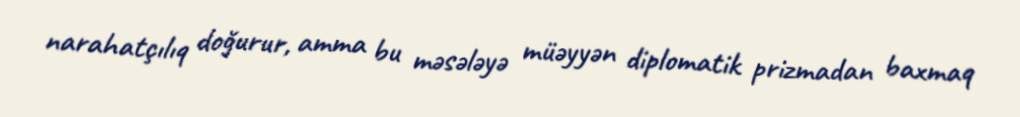
narahatçılıq doğurur, amma bu məsələyə müəyyən diplomatik prizmadan baxmaq